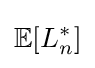
\mathbb {E} [L_{n}^{*}]